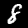
Label: 8